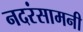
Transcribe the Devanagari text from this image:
नदरंसामनी